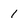
Character: 1